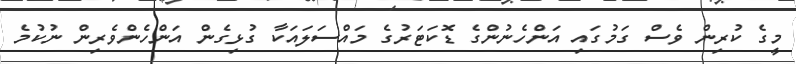
މީގެ ކުރިން ވެސް ގަމުގައި އަންހެނުންގެ ޑޮކަޓަރުގެ މައްސަލައަކާ ގުޅިގެން އަންހެންވެރިން ނުކުމެ